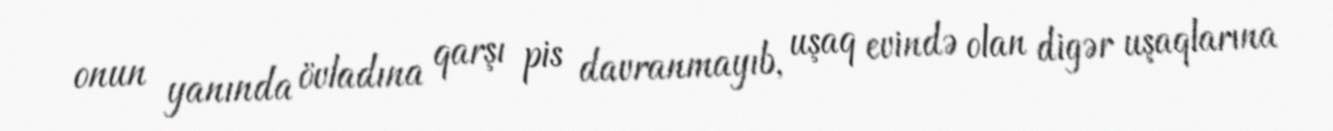
onun yanında övladına qarşı pis davranmayıb, uşaq evində olan digər uşaqlarına